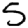
Digit: 5